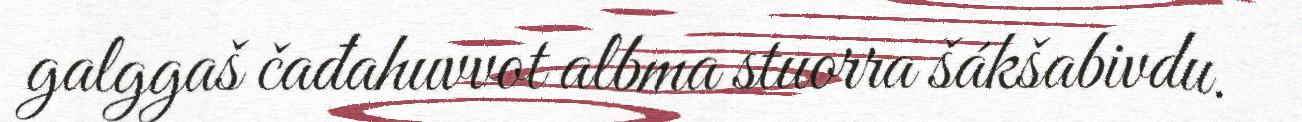
galggaš čađahuvvot albma stuorra šákšabivdu.